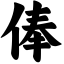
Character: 俸